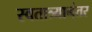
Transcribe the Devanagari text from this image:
स्वतात्र्यानंतर